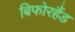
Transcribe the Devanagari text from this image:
बिफोरहैंड